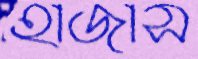
হাজাস